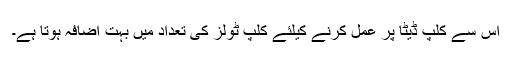
اس سے کلپ ڈیٹا پر عمل کرنے کیلئے کلپ ٹولز کی تعداد میں بہت اضافہ ہوتا ہے۔